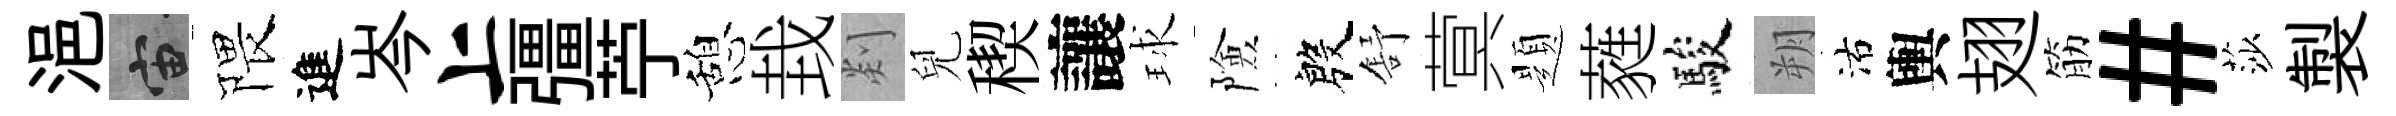
浥宙隈進岑上彊苧憩㘽剡兒稧讓球險殷舒蓂題蕤駿朔沽輿翅筋#莎製